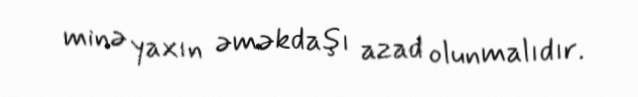
minə yaxın əməkdaşı azad olunmalıdır.